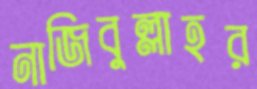
নাজিবুল্লাহর